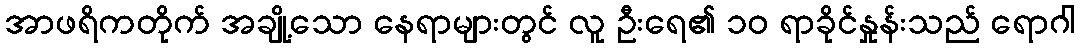
အာဖရိကတိုက် အချို့သော နေရာများတွင် လူ ဦးရေ၏ ၁၀ ရာခိုင်နှုန်းသည် ရောဂါ